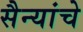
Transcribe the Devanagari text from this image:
सैन्यांचे